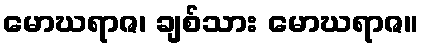
မောဃရာဇ၊ ချစ်သား မောဃရာဇ။